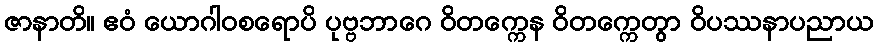
ဇာနာတိ။ ဧဝံ ယောဂါဝစရောပိ ပုဗ္ဗဘာဂေ ဝိတက္ကေန ဝိတက္ကေတွာ ဝိပဿနာပညာယ